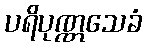
ပရိပုဏ္ဏသေခံ